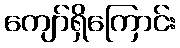
ကျော်ရှိကြောင်း